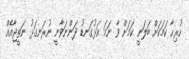
ހުރިހާ ކަމަކަށް ބަލަނީ ކަމަށް ވާ ނަމަ އަޅުގަނޑު ދަންނަވާނީ ނުރަނގަޅު ނަތީޖާއެއް